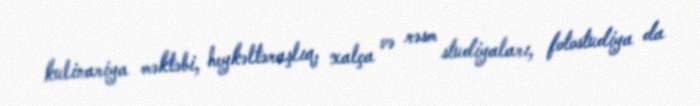
kulinariya məktəbi, heykəltəraşlıq, xalça və rəsm studiyaları, fotostudiya da